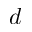
d